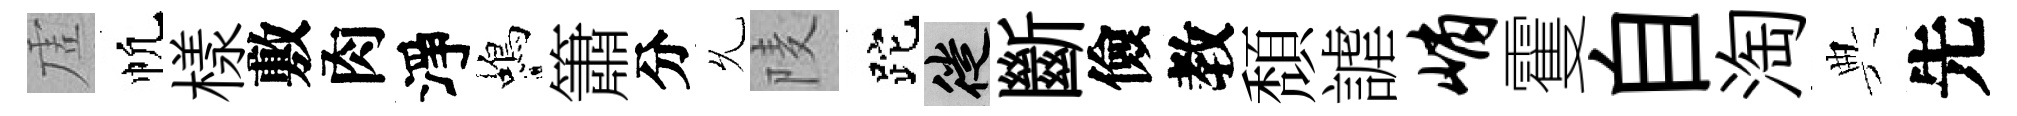
虗帆樣敷肉淨蝎簫分𠃔𨹧跎徙斷儉教頽謔峭䨥自淘典先